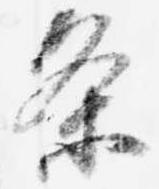
条